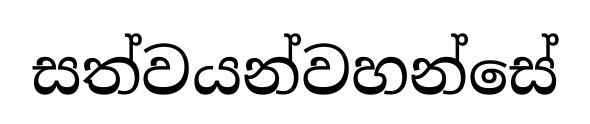
සත්වයන්වහන්සේ